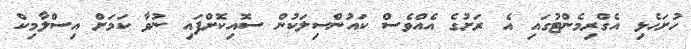
ހުށަހެޅި އެގްރިމެންޓުގައި އެ ރަށުގެ އެއްވެސް ކައުންސިލަކުން ސޮއިކޮށްފައި ނުވާ ކަމަށް އިސްލާމިކް